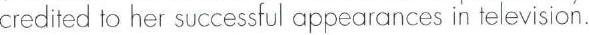
credited to her successful appearances in television.